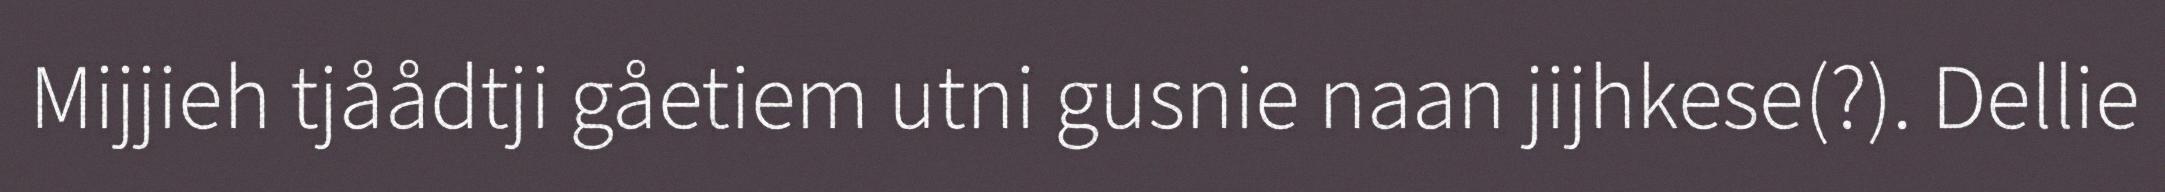
Mijjieh tjåådtji gåetiem utni gusnie naan jijhkese(?). Dellie